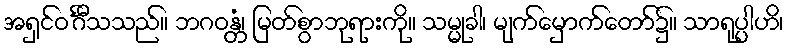
အရှင်ဝင်္ဂီသသည်။ ဘဂဝန္တံ၊ မြတ်စွာဘုရားကို။ သမ္မုခါ၊ မျက်မှောက်တော်၌။ သာရုပ္ပါဟိ၊